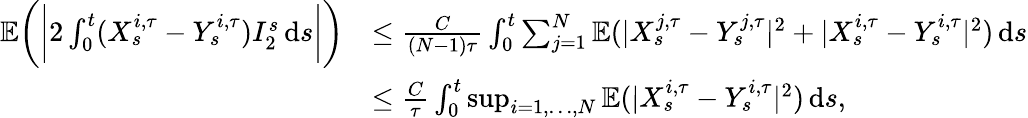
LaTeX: \begin{array}{rl}{\mathbb{E}\bigg(\bigg|2\int_{0}^{t}(X_{s}^{i,\tau}-Y_{s}^{i,\tau})I_{2}^{s}\, \mathrm{d}s\bigg|\bigg)}&{\le\frac{C}{(N-1)\tau}\int_{0}^{t}\sum_{\substack{j=1}}^{N}\mathbb{E}(|X_{s}^{j,\tau}-Y_{s}^{j,\tau}|^{2}+|X_{s}^{i,\tau}-Y_{s}^{i,\tau}|^{2})\, \mathrm{d}s}\\ &{\le\frac{C}{\tau}\int_{0}^{t}\operatorname*{sup}_{i=1,\ldots,N}\mathbb{E}(|X_{s}^{i,\tau}-Y_{s}^{i,\tau}|^{2})\, \mathrm{d}s,}\end{array}